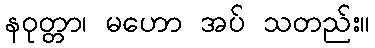
နဝုတ္တာ၊ မဟော အပ် သတည်း။